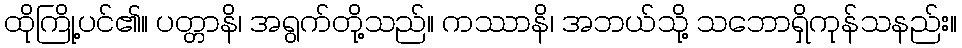
ထိုကြို့ပင်၏။ ပတ္တာနိ၊ အရွက်တို့သည်။ ကဿာနိ၊ အဘယ်သို့ သဘောရှိကုန်သနည်း။